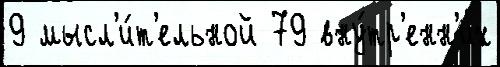
9 мысл'и́т'ельной 79 вну́тр'енн'их